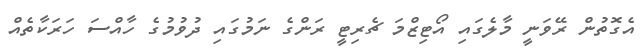
އެގޮތުން ރޭވަނީ މާލެގައި އޯޓިޒްމަ ޗެރިޓީ ރަންގެ ނަމުގައި ދުވުމުގެ ހާއްސަ ހަރަކާތެއް